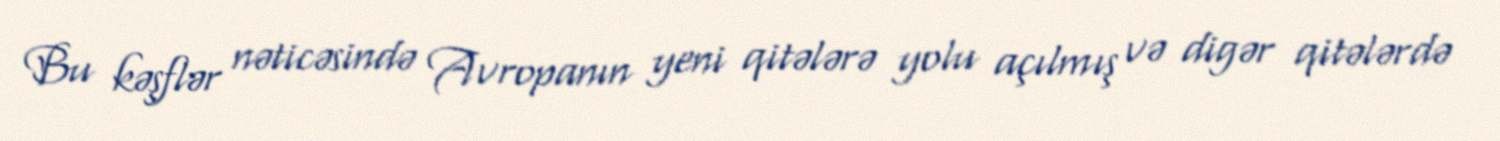
Bu kəşflər nəticəsində Avropanın yeni qitələrə yolu açılmış və digər qitələrdə